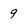
Character: 9